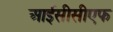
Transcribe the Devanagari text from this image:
आईसीसीएफ